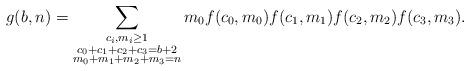
LaTeX: \begin{align*}g(b,n)=\sum_{\substack{c_i,m_i \ge1\\ c_0+c_1+c_2+c_3=b+2\\m_0+m_1+m_2+m_3=n}}m_0f(c_0,m_0)f(c_1,m_1)f(c_2,m_2)f(c_3,m_3).\end{align*}